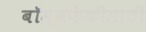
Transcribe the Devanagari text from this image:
बॉम्बफेकीसाठी